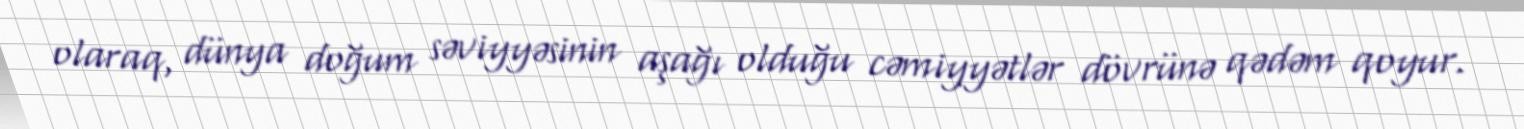
olaraq, dünya doğum səviyyəsinin aşağı olduğu cəmiyyətlər dövrünə qədəm qoyur.